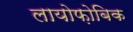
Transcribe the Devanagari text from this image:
लायोफ़ोबिक